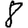
Digit: 8